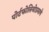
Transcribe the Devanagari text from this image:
पोर्टफोलियोप्रमाणे